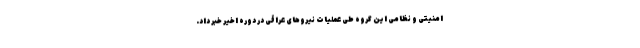
امنیتی و نظامی این گروه طی عملیات نیروهای عراقی در دوره اخیر خبر داد.